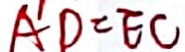
A D = E C